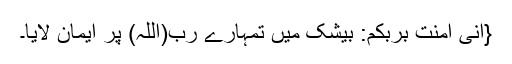
{اِنِّیْۤ اٰمَنْتُ بِرَبِّكُمْ: بیشک میں تمہارے رب(اللہ) پر ایمان لایا۔